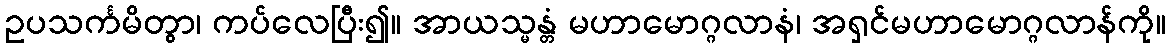
ဥပသင်္ကမိတွာ၊ ကပ်လေပြီး၍။ အာယသ္မန္တံ မဟာမောဂ္ဂလာနံ၊ အရှင်မဟာမောဂ္ဂလာန်ကို။